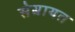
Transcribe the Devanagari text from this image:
सेबायत